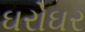
ઘરોઘર